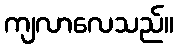
ကျလာလေသည်။